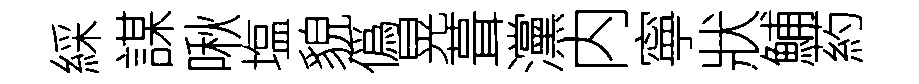
綵謀啾塩貌僞晃葺灙内寧狀鯆葯